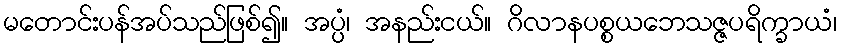
မတောင်းပန်အပ်သည်ဖြစ်၍။ အပ္ပံ၊ အနည်းငယ်။ ဂိလာနပစ္စယဘေသဇ္ဇပရိက္ခာယံ၊